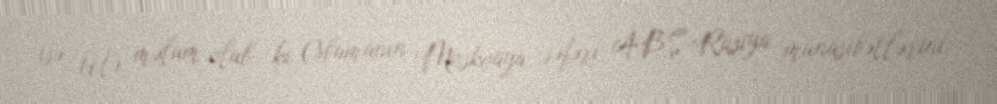
isə belə məlum olub ki, Obamanın Moskvaya səfəri ABŞ-Rusiya münasibətlərini